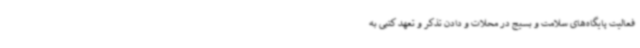
فعالیت پایگاه‌های سلامت و بسیج در محلات و دادن تذکر و تعهد کتبی به